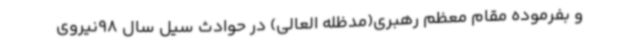
و بفرموده مقام معظم رهبری(مدظله العالی) در حوادث سیل سال 98نیروی